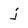
Character: j